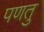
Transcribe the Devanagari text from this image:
पणतु